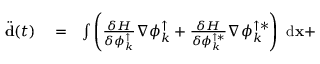
\begin{array} { r l r } { \ddot { \bf d } ( t ) } & { { } = } & { \int { \left( \frac { \delta H } { \delta \phi _ { k } ^ { \uparrow } } \nabla \phi _ { k } ^ { \uparrow } + \frac { \delta H } { \delta \phi _ { k } ^ { \uparrow * } } \nabla \phi _ { k } ^ { \uparrow * } \right) \ \mathrm { d } { \bf x } } + } \end{array}